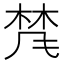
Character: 𱣨